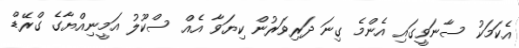
އެކަމަކު ސާނަވީގައި އެންމެ ގިނަ ދަރިވަރުން ކިޔަވާ އެއް ސްކޫލު އަމީނިއްޔާގެ ގްރޭޑް